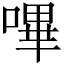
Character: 嗶